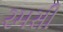
રમસી